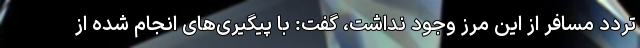
تردد مسافر از این مرز وجود نداشت، گفت: با پیگیری‌های انجام شده از